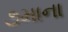
૭માના